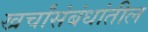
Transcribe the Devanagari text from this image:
खर्चांसंबंधांतील